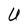
Character: U